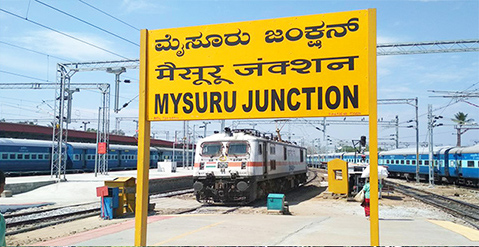
Language: kannada
Transcription: ಮೈಸೂರು ಜoಕ್ಷನ್